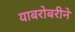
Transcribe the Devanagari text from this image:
याबरोबरीने